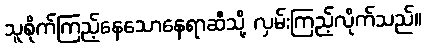
သူစိုက်ကြည့်နေသောနေရာဆီသို့ လှမ်းကြည့်လိုက်သည်။